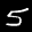
Label: 5